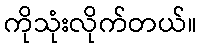
ကိုသုံးလိုက်တယ်။